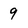
Character: 9